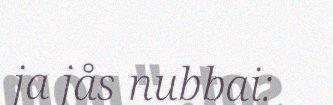
ja jås nubbai: